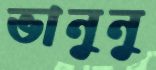
ভানুনু